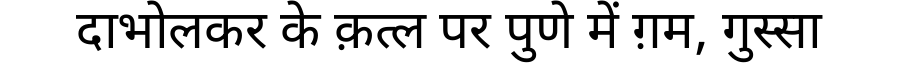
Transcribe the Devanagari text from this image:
दाभोलकर के क़त्ल पर पुणे में ग़म, गुस्सा